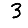
Digit: 3